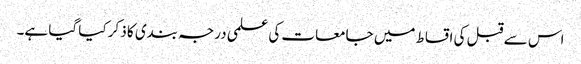
اس سے قبل کی اقساط میں جامعات کی علمی درجہ بندی کا ذکر کیا گیا ہے۔